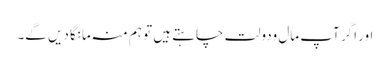
اور اگر آپ مال ودولت چاہتے ہیں تو ہم منہ مانگا دیں گے۔